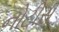
નોટીસ